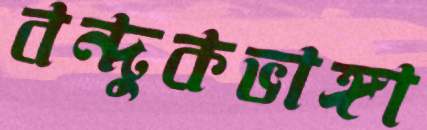
বন্দুকভাঙ্গা